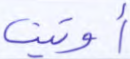
أوتيت